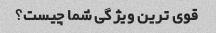
قوی ترین ویژگی شما چیست؟